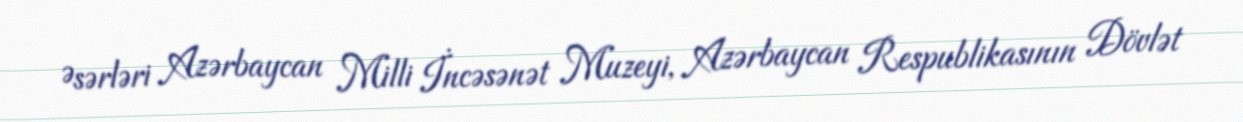
Əsərləri Azərbaycan Milli İncəsənət Muzeyi, Azərbaycan Respublikasının Dövlət